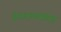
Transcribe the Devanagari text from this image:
हेलकाव्यांसह